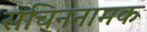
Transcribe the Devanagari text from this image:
सचिननामक